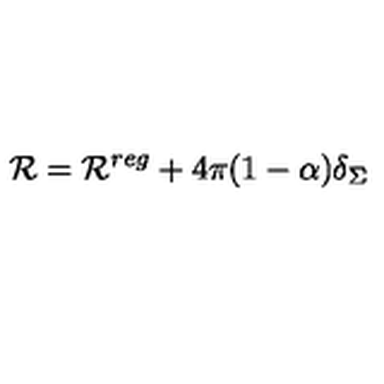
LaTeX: { \cal R } = { \cal R } ^ { r e g } + 4 \pi ( 1 - \alpha ) \delta _ { \Sigma }